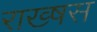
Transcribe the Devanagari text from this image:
राख्षस